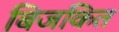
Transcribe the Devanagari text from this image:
बिजकित